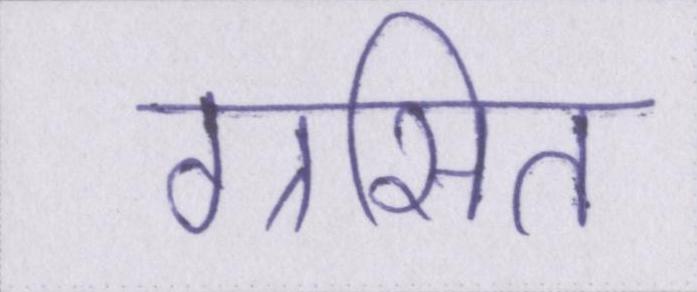
ग्रसित